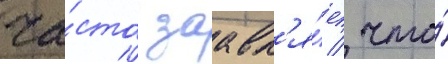
ча́сто заавл'я́ет / что́